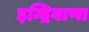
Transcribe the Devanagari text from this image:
इन्द्रियाणा